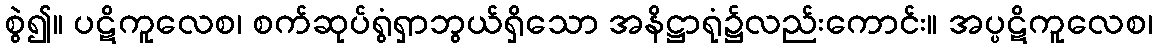
စွဲ၍။ ပဋိကူလေစ၊ စက်ဆုပ်ရွံရှာဘွယ်ရှိသော အနိဋ္ဌာရုံ၌လည်းကောင်း။ အပ္ပဋိကူလေစ၊